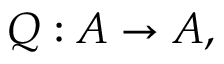
Q : { \cal A } \rightarrow { \cal A } , \; \; \; \; \;